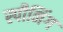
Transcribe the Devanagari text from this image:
स्पीनिंग